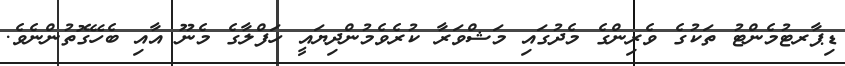
ޑިޕާރޓުމެންޓު ތަކުގެ ވެރިންގެ މެދުގައި މަޝްވަރާ ކުރެވެމުންދިޔައީ ހަފްލާގެ މެނޫ އާއި ބެހޭގޮތުންނެވެ.